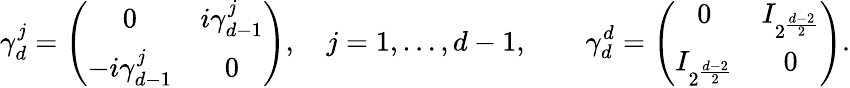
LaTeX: \gamma_{d}^{j}=\left(\begin{array}{cc}{0}&{i\gamma_{d-1}^{j}}\\ {-i\gamma_{d-1}^{j}}&{0}\end{array}\right),\quad j=1,\dots,d-1,\qquad\gamma_{d}^{d}=\left(\begin{array}{cc}{0}&{I_{2^{\frac{d-2}2}}}\\ {I_{2^{\frac{d-2}2}}}&{0}\end{array}\right).